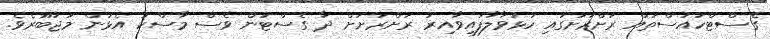
ގެސްޓްހައުސްތައް ރަށްރަށުގައި ހުޅުވާލާފައިވާއިރު ރަށްރަށަށް ދާ ގެސްޓުން ވެސް މާސްކު އެޅުން މަޖުބޫރެވެ.